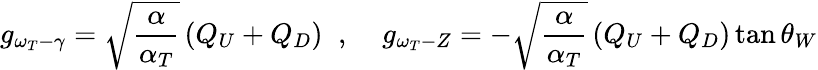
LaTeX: g_{\omega_{T}-\gamma}=\sqrt{\frac{\alpha}{\alpha_{T}}}\left(Q_{U}+Q_{D}\right)\; \; ,\; \; \; \; g_{\omega_{T}-Z}=-\sqrt{\frac{\alpha}{\alpha_{T}}}\left(Q_{U}+Q_{D}\right)\tan\theta_{W}